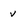
Character: v